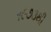
૧૯૭૩થી